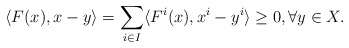
\begin{align*}\langle F(x), x - y \rangle = \sum_{i\in I} \langle F^i(x), x^i - y^i \rangle \geq 0, \forall y \in X.\end{align*}